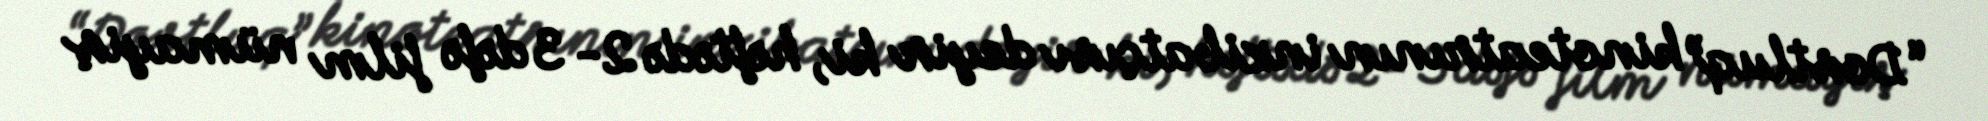
“Dostluq” kinoteatrının inzibatçısı deyir ki, həftədə 2- 3 dəfə film nümayiş